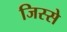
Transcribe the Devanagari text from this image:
जिस्‍से